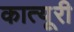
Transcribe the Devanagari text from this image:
कात्यूरी